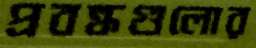
প্রবন্ধগুলোর